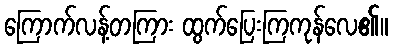
ကြောက်လန့်တကြား ထွက်ပြေးကြကုန်လေ၏။